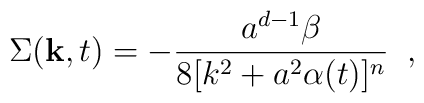
\Sigma({\bf k},t)=-\frac{a^{d-1}\beta}{8[k^{2}+a^{2}\alpha(t)]^{n}} \;\;,